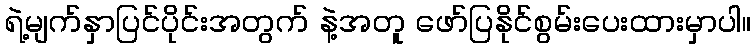
ရဲ့မျက်နှာပြင်ပိုင်းအတွက် နဲ့အတူ ဖော်ပြနိုင်စွမ်းပေးထားမှာပါ။